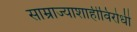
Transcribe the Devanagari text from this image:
साम्राज्याशाहीविरोधी